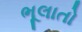
ભૂલાતો